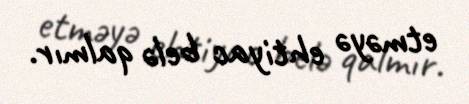
etməyə ehtiyac belə qalmır.